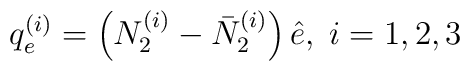
q_e^{(i)} = \left(N_2^{(i)} - \bar{N}_2^{(i)}\right) \hat{e}, \; i = 1,2,3